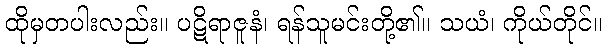
ထိုမှတပါးလည်း။ ပဋိရာဇူနံ၊ ရန်သူမင်းတို့၏။ သယံ၊ ကိုယ်တိုင်။